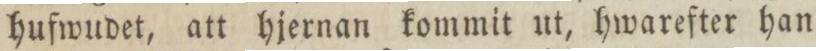
hufwudet, att hjernan kommit ut, hwarefter han